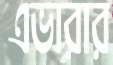
এভারার